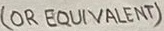
Text: (OR EQUIVALENT)